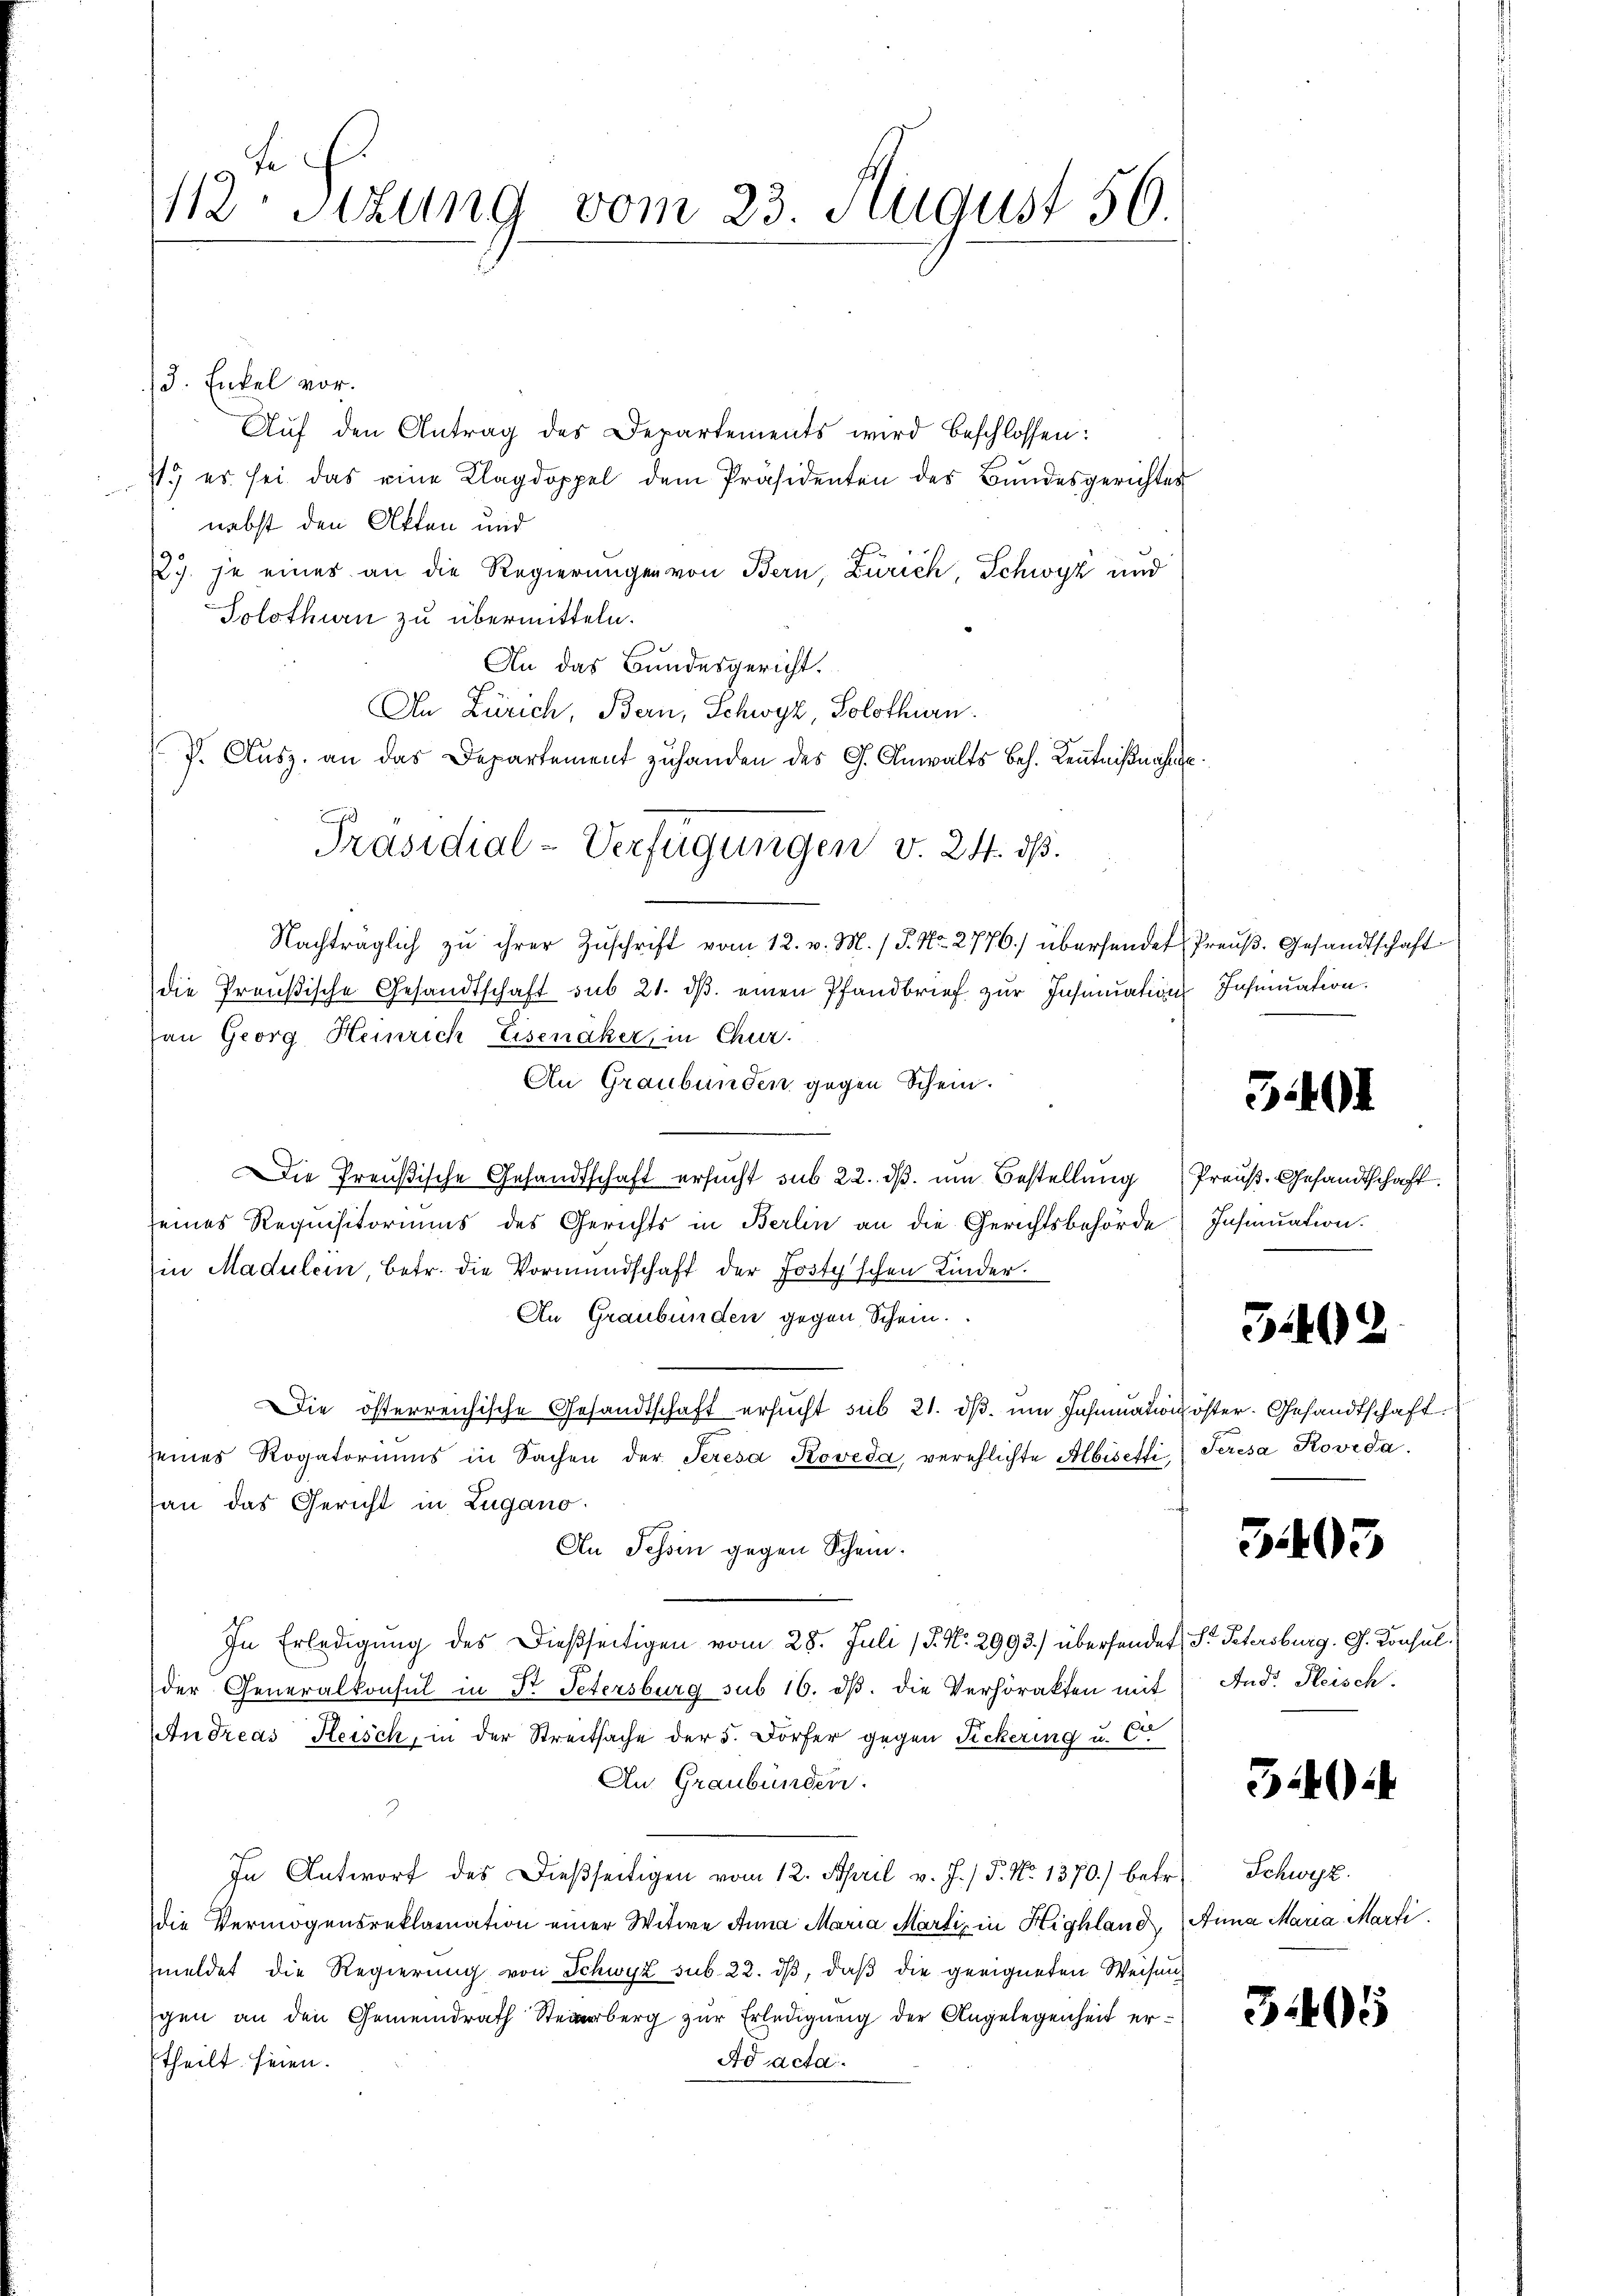
112: Sizung vom 23. August 56.

3. Enkel vor.
Auf den Antrag des Departements wird beschlossen:
71) es sei das eine Klagdoppel dem Präsidenten des Bundesgerichtes
nebst den Akten und
27. je eines an die Regierungen von Bern, Zürich, Schwyz und
Solothurn zu übermitteln.
An das Bundesgericht.
An Zürich, Bern, Schwyz, Solothurn.
Nachträglich zu ihrer Zŭschrift vom 12. v. M. / P. Nr. 2776) übersendet Preuß. Gesandtschaft
die Preußische Gesandtschaft sub 21. dβ einen Pfandbrief zur Insinuation Inhmuation.
au Georg Heinrich Eisenäker in Chur.
An Graubünden gegen Schein.
Die Preußische Gesandtschaft ersucht sub 22. dβ. um Bestellung Preuß. Gesandtschaft.
seines Requisitoriums des Gerichts in Berlin an die Gerichtsbehörde Insinuation.
in Madulein, betr. die Vormundschaft der Josty'schen Kinder
An Graubünden gegen Schein.
Die österreichische Gesandtschaft ersucht sub 21. ds. um Inhrmation öster. Gesandtschaft.
seines Rogatoriums in Sachen der Seresa Roveda, verehlichte Albiseffi, Seresa Rovrda.
an das Gericht in Zugano.
An Tessin gegen Schein.
In Erledigung des dießseitigen vom 28. Juli (§. No. 2993.) überhandet St. Petersburg. G. Konsulder Generalkonsul in Dr. Petersburg sub 16. dβ. die Verhörakten mit And. Fleisch
Andreas Fleisch, in der Streitsache der 5. Dorfer gegen Fickering u. Ca
An Graubünden.
In Antworf des Dießseitigen vom 12. April v. J. / P. Nr. 1370.) betr.
die Vermögensreklamation einer Witwe Anna Maria Martiz in Highland, Anna Maria Marti
meldet die Regierung von Schwyz sub. 22. dβ, daß die geeigneten Weisung
gen an den Gemeindrath Steinerberg zur Erledigung der Angelegenheit er¬
Ad acta.
theilt seien.

J. Ausz. an das Departement zuhanden des G. Anwalts bes. Kenntnißnahme
i
Präsidial-Verfügungen v. 24. dß.

3401

5402

3403

3.40

¬

Schwyz.

3.405